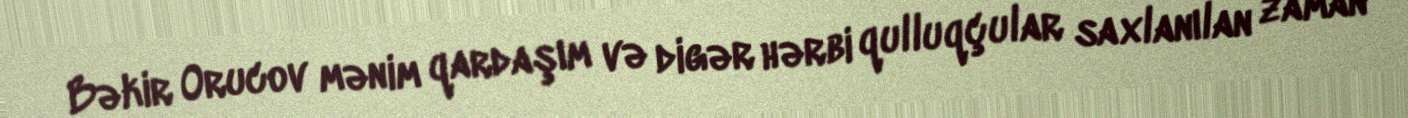
Bəkir Orucov mənim qardaşım və digər hərbi qulluqçular saxlanılan zaman